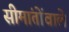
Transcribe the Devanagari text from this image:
सीमांतोंवाले